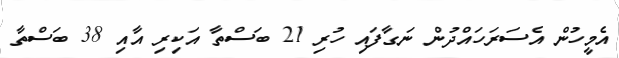
އެމީހުން އެސަރަހައްދުން ނަގާފައި ހުރި 21 ބަސްތާ އަކިރި އާއި 38 ބަސްތާ